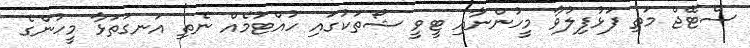
ސްޓޭޖް މަތި ފަޅުފިލުވާ މީހުންނާއި ޓީވީ ޝޯތަކުގައި ހުއްޓުމެއް ނެތި އަނގަތަޅާ މީހުންގެ